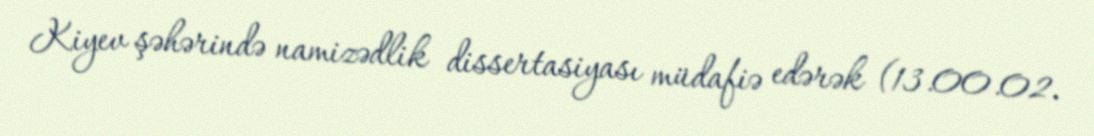
Kiyev şəhərində namizədlik dissertasiyası müdafiə edərək (13.00.02.